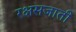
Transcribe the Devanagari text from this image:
रक्षसजाती